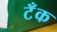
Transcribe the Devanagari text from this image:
टॅँक